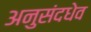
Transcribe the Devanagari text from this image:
अनुसंदधेव